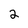
Character: 2